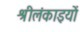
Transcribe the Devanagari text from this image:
श्रीलंकाइयों